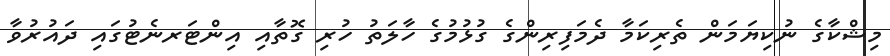
މިޝްކާގެ ނުކިޔަމަން ތެރިކަމާ ދެމަފިރިންގެ ގުޅުމުގެ ހާލަތު ހުރި ގޮތާއި އިންޓަރނެޓުގައި ދައުރުވާ